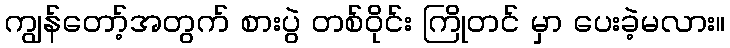
ကျွန်တော့်အတွက် စားပွဲ တစ်ဝိုင်း ကြိုတင် မှာ ပေးခဲ့မလား။